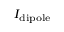
\scriptstyle I _ { \mathrm { d i p o l e } }